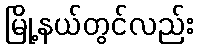
မြို့နယ်တွင်လည်း